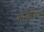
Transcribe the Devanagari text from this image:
ओॲसिस